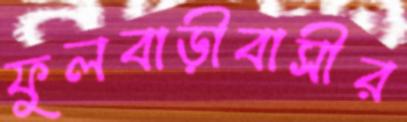
ফুলবাড়ীবাসীর